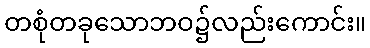
တစုံတခုသောဘဝ၌လည်းကောင်း။